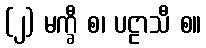
(၂) မက္ခီ စ၊ ပဠာသီ စ။